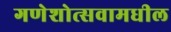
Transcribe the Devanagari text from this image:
गणेशोत्सवामधील